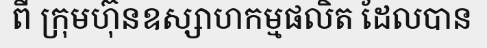
ពី ក្រុមហ៊ុនឧស្សាហកម្មផលិត ដែលបាន